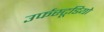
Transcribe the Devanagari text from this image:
उर्फस्टूडियो